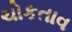
ચોકતાવ